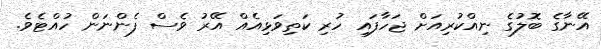
އޭނާގެ ބޮލުގެ ނިއްކުރިއަށް ޖަހާފައި ހުރި ކަތިވަޅިއެއް އޭރު ވެސް ފެންނަން ހުއްޓެވެ.